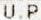
U.P